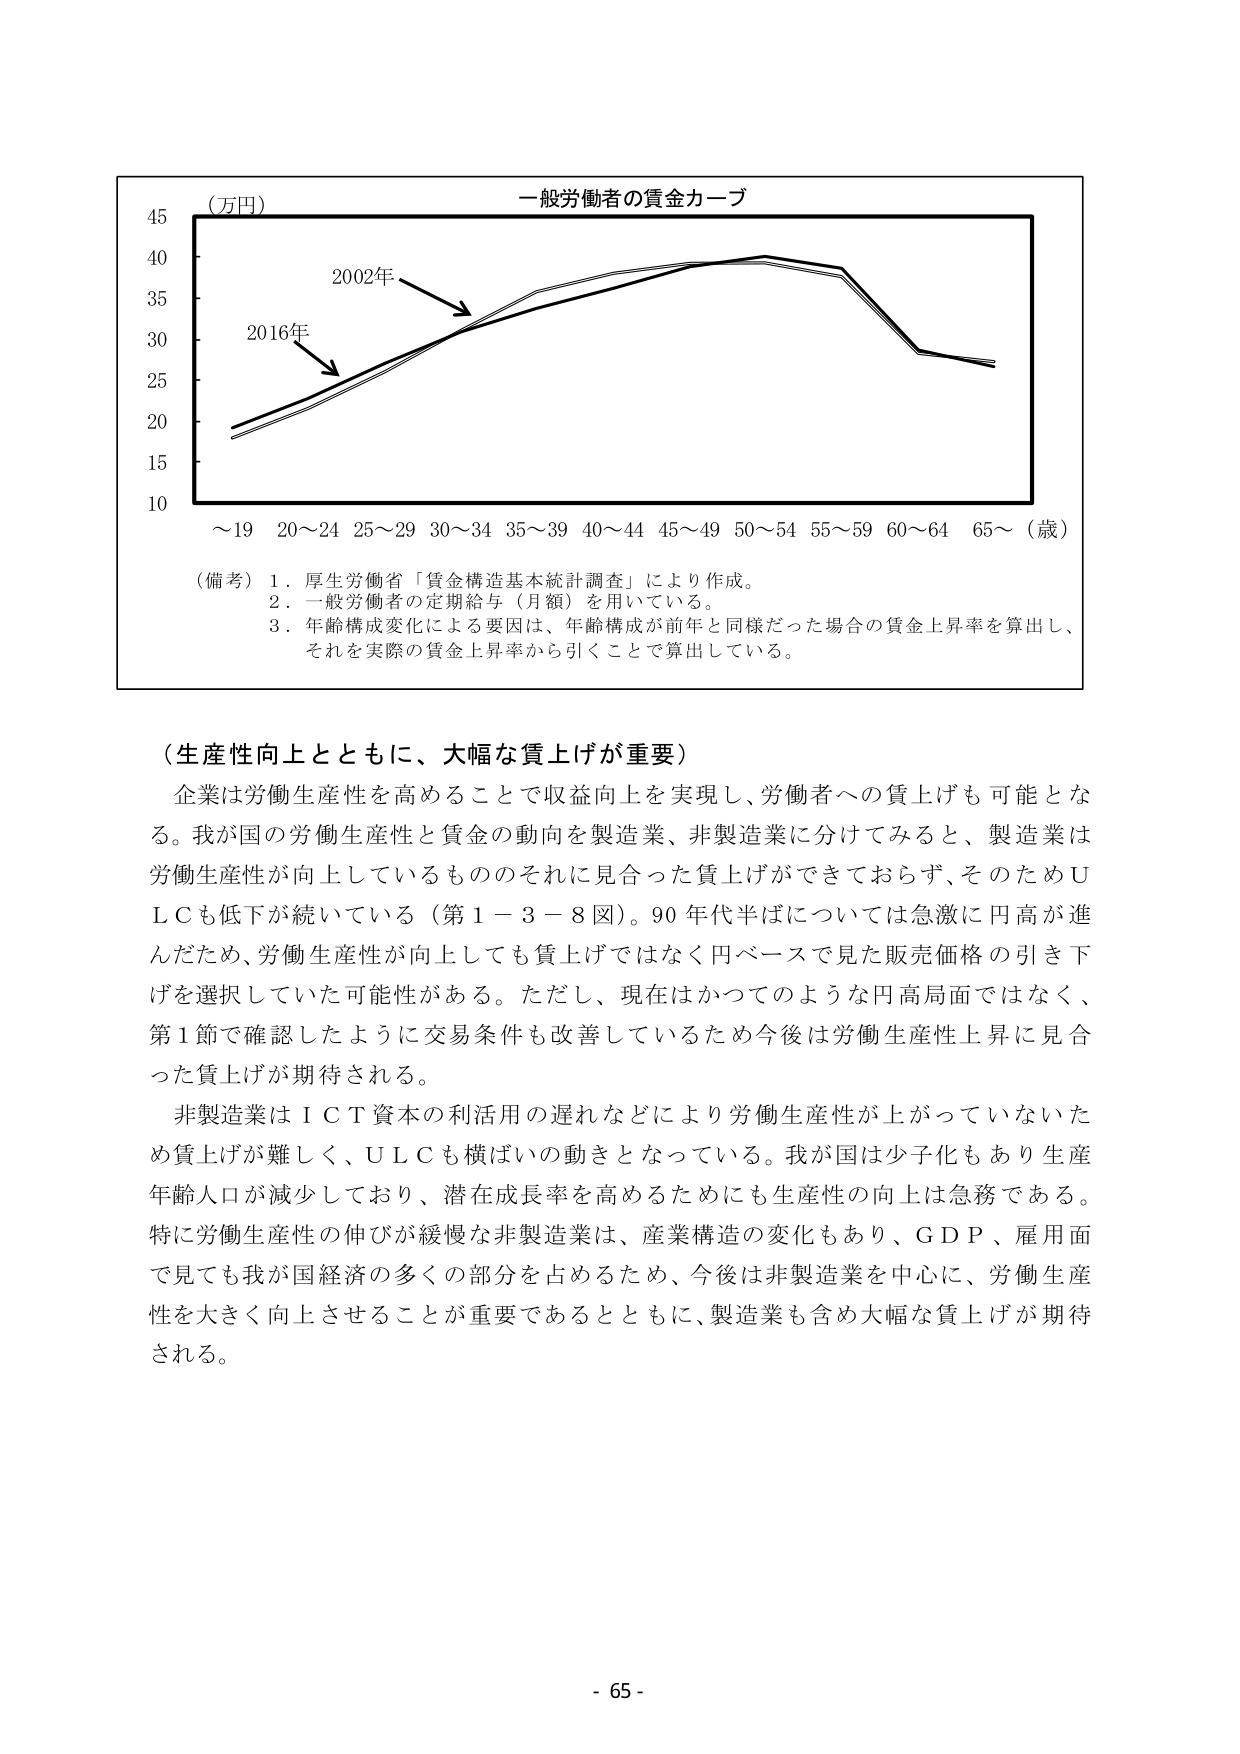
（万円）
一般労働者の賃金カーブ
45
40
35
30
25
20
15
10
2002年
2016年
～19  20～24  25～29  30～34  35～39  40～44  45～49  50～54  55～59  60～64  65～（歳）
（備考）1．厚生労働省「賃金構造基本統計調査」により作成。
　　　2．一般労働者の定期給与（月額）を用いている。
　　　3．年齢構成変化による要因は、年齢構成が前年と同様だった場合の賃金上昇率を算出し、
　　　　それを実際の賃金上昇率から引くことで算出している。

（生産性向上とともに、大幅な賃上げが重要）
企業は労働生産性を高めることで収益向上を実現し、労働者への賃上げも可能となる。我が国の労働生産性と賃金の動向を製造業、非製造業に分けてみると、製造業は労働生産性が向上しているもののそれに見合った賃上げができておらず、そのためＵＬＣも低下が続いている（第１－３－８図）。90年代半ばについては急激に円高が進んだため、労働生産性が向上しても賃上げではなく円ベースで見た販売価格の引き下げを選択していた可能性がある。ただし、現在はかつてのような円高局面ではなく、第1節で確認したように交易条件も改善しているため今後は労働生産性上昇に見合った賃上げが期待される。
非製造業はＩＣＴ資本の利活用の遅れなどにより労働生産性が上がっていないため賃上げが難しく、ＵＬＣも横ばいの動きとなっている。我が国は少子化もあり生産年齢人口が減少しており、潜在成長率を高めるためにも生産性の向上は急務である。特に労働生産性の伸びが緩慢な非製造業は、産業構造の変化もあり、ＧＤＰ、雇用面で見ても我が国経済の多くの部分を占めるため、今後は非製造業を中心に、労働生産性を大きく向上させることが重要であるとともに、製造業も含め大幅な賃上げが期待される。

- 65 -